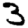
Digit: 3